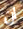
ان